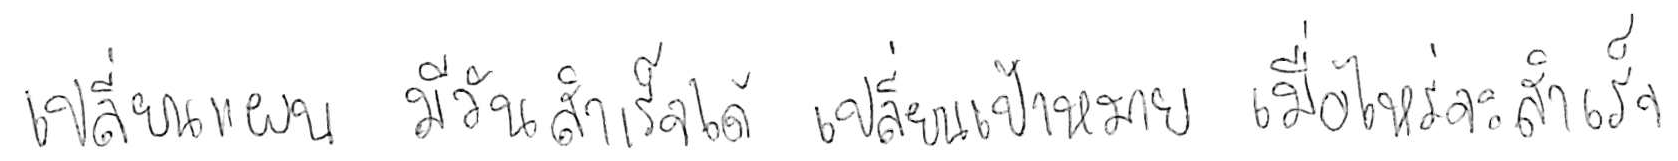
เปลี่ยนแผน มีวันสำเร็จได้ เปลี่ยนเป้าหมาย เมื่อไหร่จะสำเร็จ